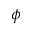
\phi